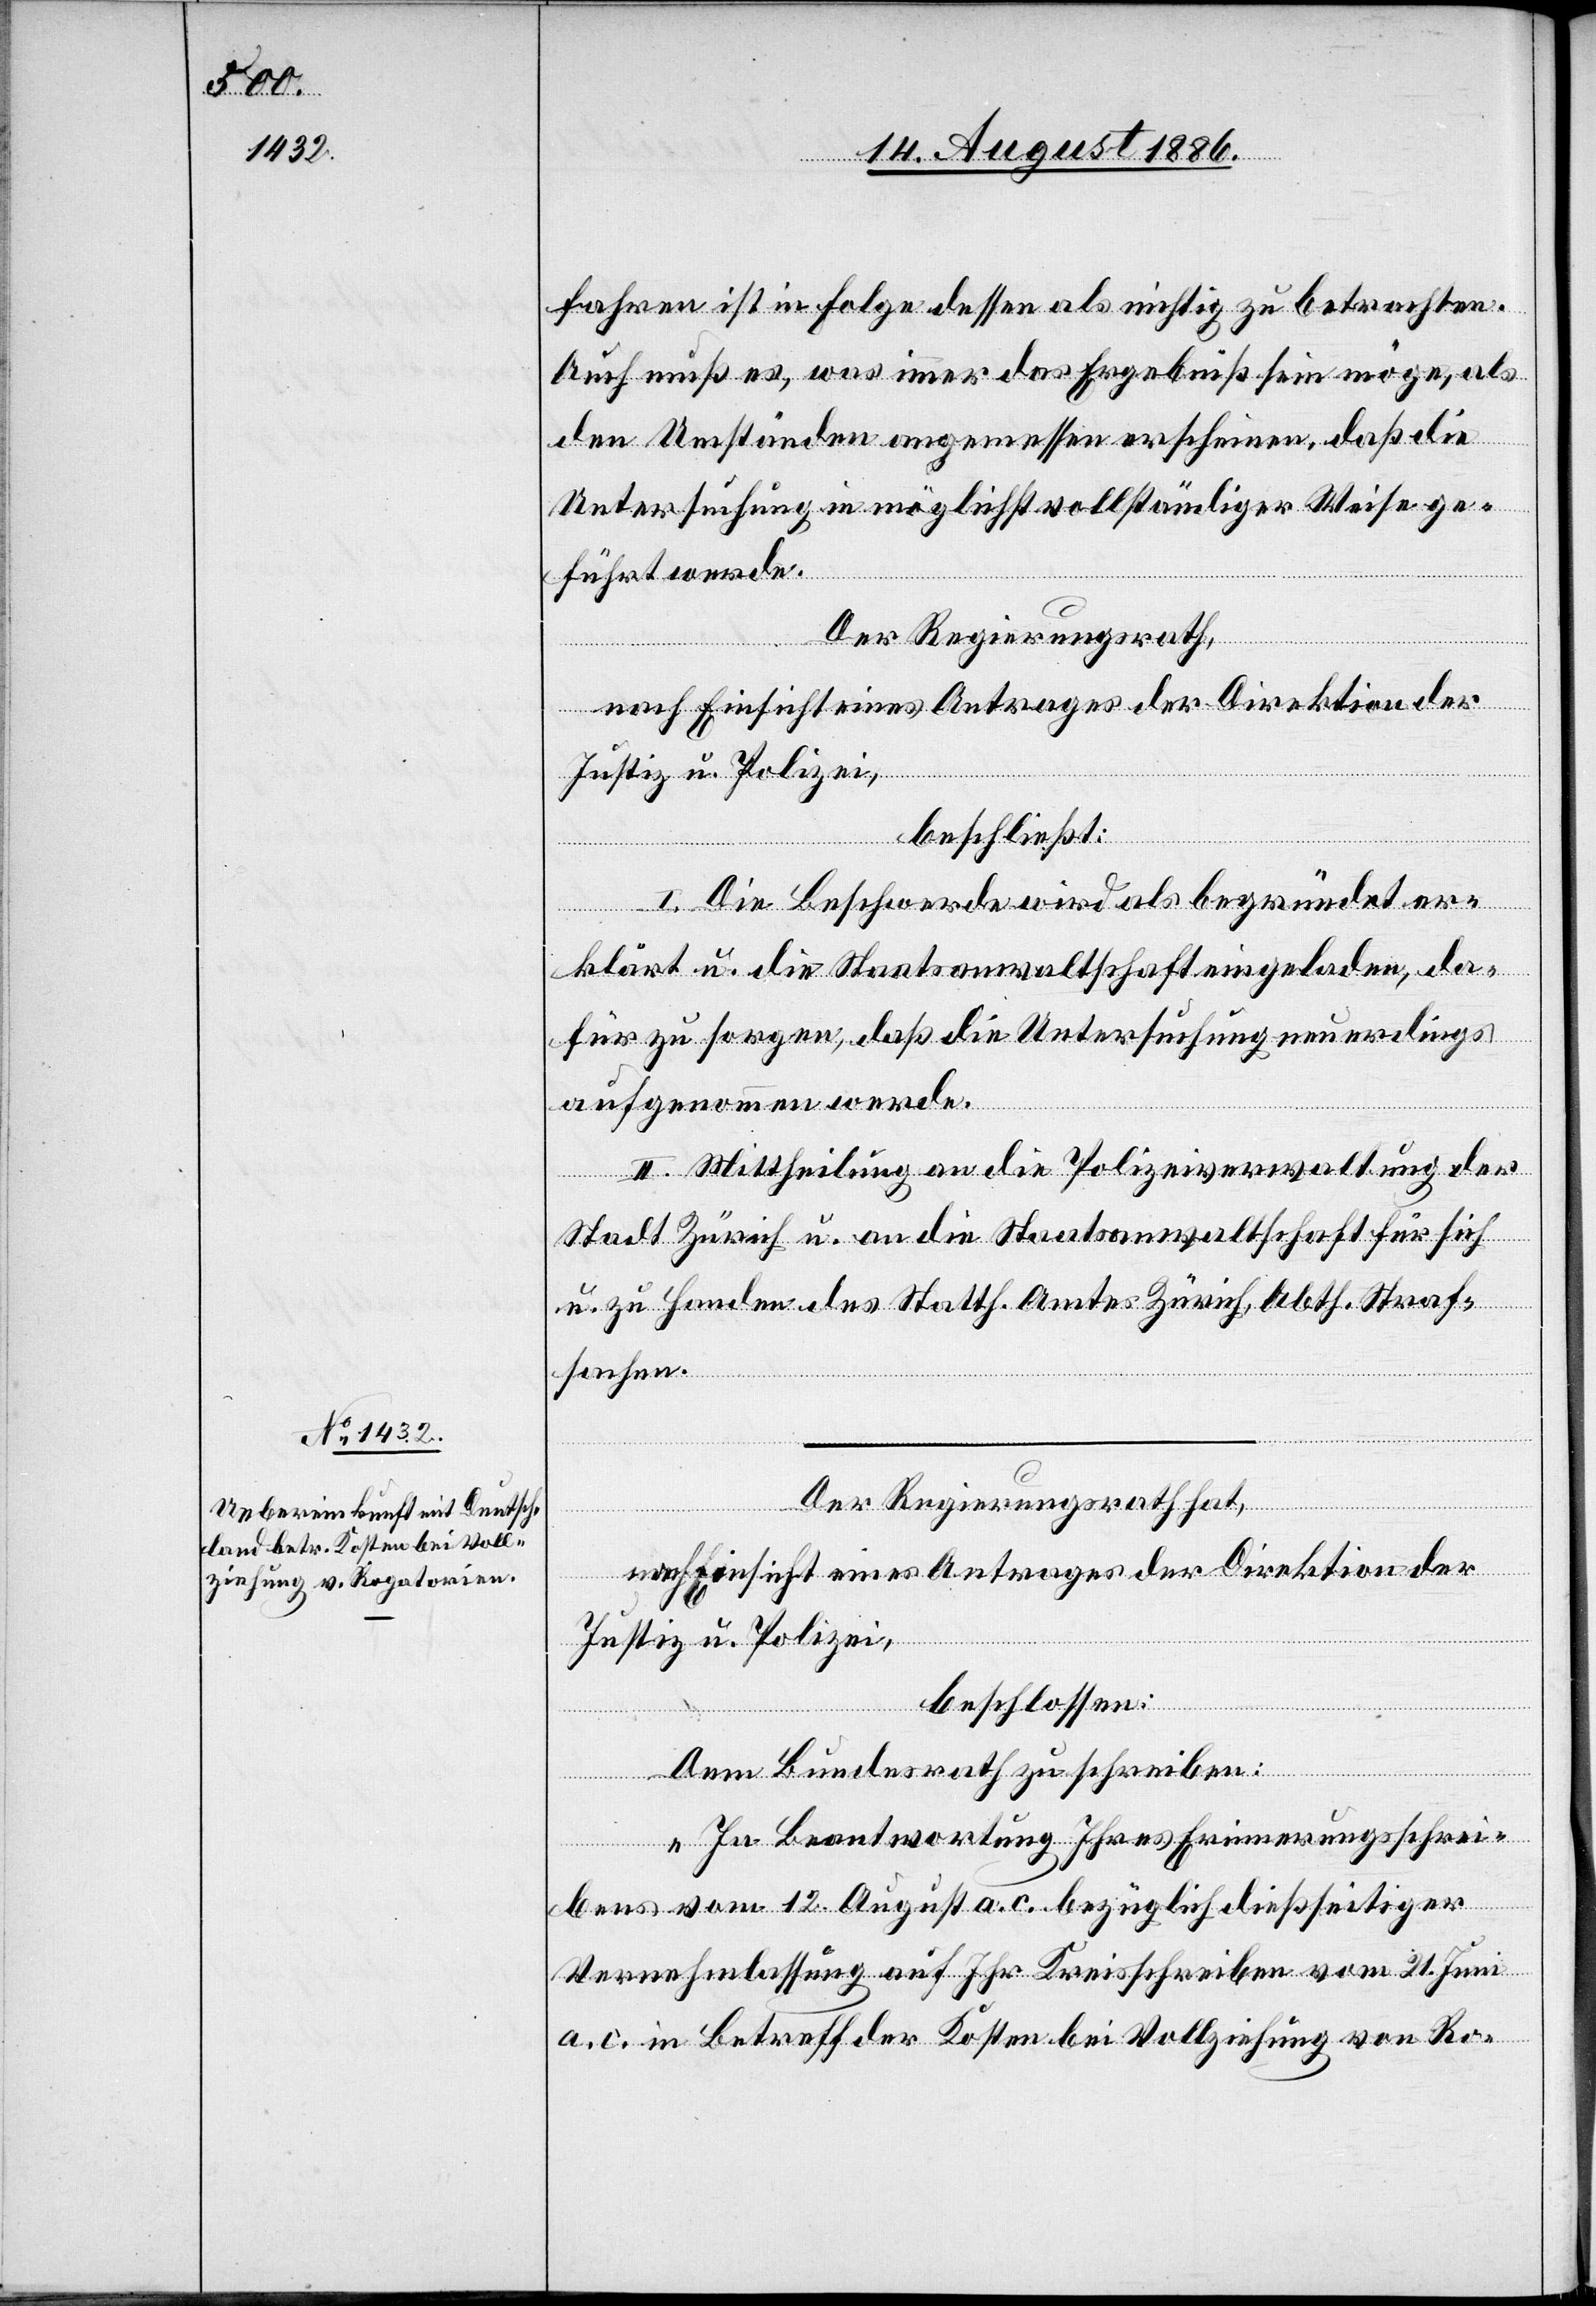
fahren ist in Folge dessen als nichtig zu betrachten.
Auch muß es, was immer das Ergebniß sein möge, als
den Umständen angemessen erscheinen, daß die
Untersuchung in möglichst vollständiger Weise ge¬
führt werde.
Der Regierungsrath,
nach Einsicht eines Antrages der Direktion der
Justiz u. Polizei,
beschließt:
I. Die Beschwerde wird als begründet er¬
klärt u. die Staatsanwaltschaft eingeladen, da¬
für zu sorgen, daß die Untersuchung neuerdings
aufgenommen werde.
II. Mittheilung an die Polizeiverwaltung der
Stadt Zürich u. an die Staatsanwaltschaft für sich
u. zu Handen des Statth. Amtes Zürich, Abth. Straf¬
sachen.
Der Regierungsrath hat,
Justiz & Polizei,
beschlossen:
Dem Bundesrath zu schreiben:
„In Beantwortung Ihres Erinnerungsschrei¬
bens vom 12. August a. c. bezüglich dießseitiger
Vernehmlassung auf Ihr Kreisschreiben vom 21. Juni
a. c. in Betreff der Kosten bei Vollziehung von Ro-